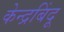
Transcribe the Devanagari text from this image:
केन्द्रबिंदू